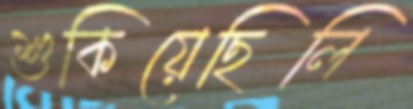
শুকিয়েছিলি